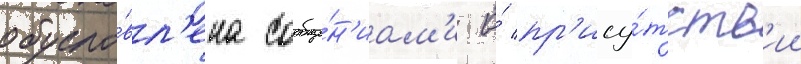
обусло́вл'ена сообще́н'иам'и о́ пр'ису́тств'ии